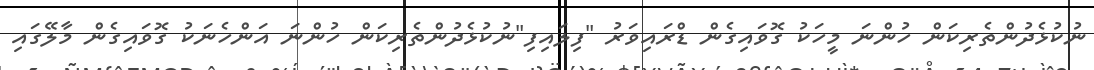
ނުކުޅެދުންތެރިކަން ހުންނަ މީހަކު ގޮވައިގެން ޑްރައިވަރު "ފިލައިފި"ނުކުޅެދުންތެރިކަން ހުންނަ އަންހެނަކު ގޮވައިގެން މާލޭގައި